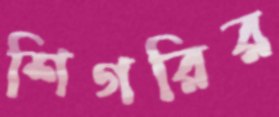
শিগরির